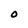
Character: O